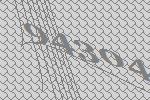
94304